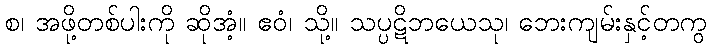
စ၊ အဖို့တစ်ပါးကို ဆိုအံ့။ ဧဝံ၊ သို့။ သပ္ပဋိဘယေသု၊ ဘေးကျမ်းနှင့်တကွ